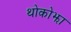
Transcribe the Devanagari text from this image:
थोकोझा